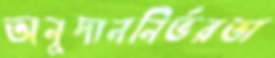
অনুদাননির্ভরতা